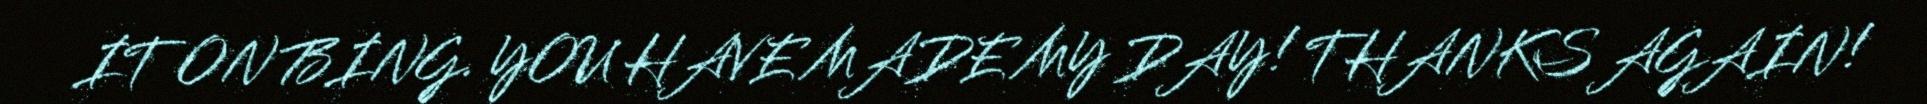
IT ON BING. YOU HAVE MADE MY DAY! THANKS AGAIN!